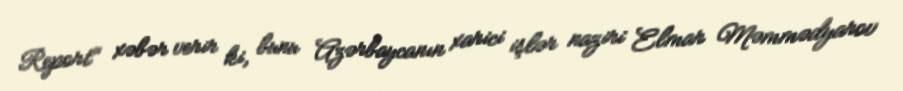
Report" xəbər verir ki, bunu Azərbaycanın xarici işlər naziri Elmar Məmmədyarov